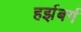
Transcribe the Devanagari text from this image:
हर्झबर्ग